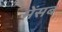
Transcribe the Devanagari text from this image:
मेंसब